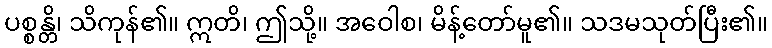
ပစ္စန္တိ၊ သိကုန်၏။ ဣတိ၊ ဤသို့။ အဝေါစ၊ မိန့်တော်မူ၏။ သဒမသုတ်ပြီး၏။